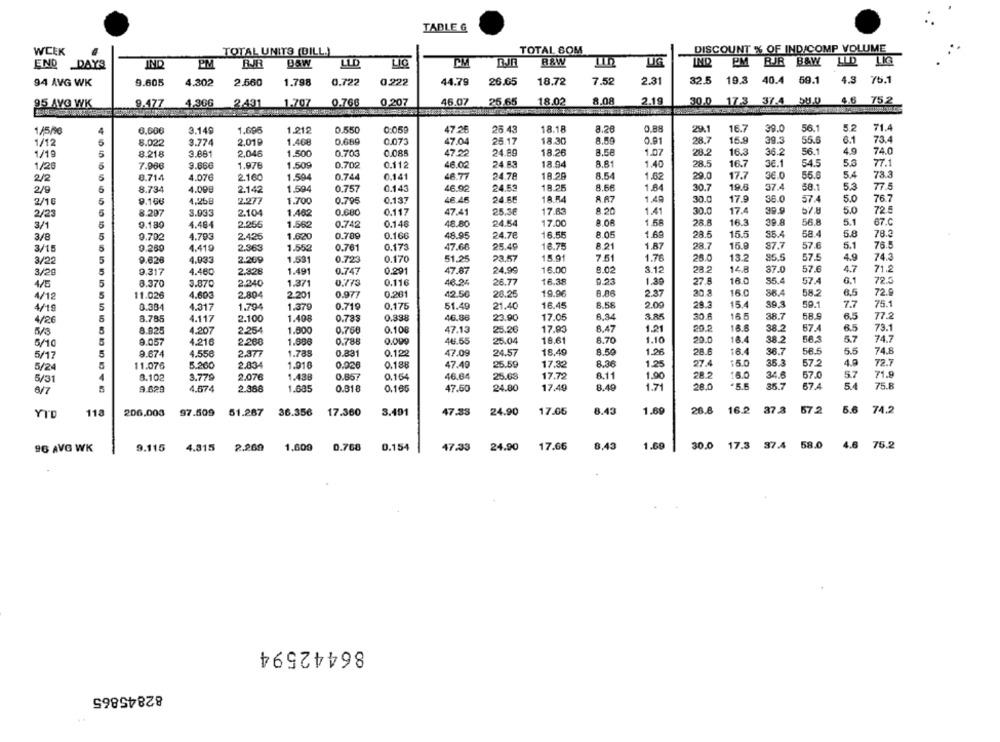
TABLE G
WEEK
TOTAL UNITS (BILL.)
TOTAL SOM
DISCOUNT % OF IND/COMP VOLUME
END DAYS
IND
PM
BJR
LLD
LIC
PM
RAW
UG
EM RJR B&W
LID
94 AVG WK
9.605
4.302
2.560
1.798
0.722
0.222
44.79
26.05
18.72
7.52
2.31
32.5 19.3 40.4 59.1
4.3 75.1
95 AVG WK
9.477
4,366
2.431
1.707
0.766
0,207
46.07
25.65
18.02
8.08
2.19
30.0 17.3 37.4 58.0
4.6 752
16.7
56.1
5.2
71.4
1/5/0
4
0.600
3.149
1.695
1.212
0.550
0:059
47.26
26.43
18.18
8.26
0.89
29.1
39.0
1/12
8.022
3.774
2.01₽
1.4GB
0.660
0.073
47.04
25.17
18.30
8.50
0.91
28.7
15.9
39.3
55.6
6.1
73.4
1/19
5
8.218
3.881
2,046
1.500
0.703
0.088
47.22
24.89
18.26
1.07
28.2
16.3
36.2
56.1
4.9
74.0
0.702
0.112
46.00
24.83
18.94
8.81
1.40
28.5
16.7
36.1
54.5
5.3
77.
1/20
6
7.966
9.666
1.976
1.509
2/2
5
8.714
4.076
2.160
1.504
0.744
0.141
46.77
24.78
18.28
8.54
1.62
29.0
17.7
36.0
55.0
5.4
73.3
24.52
18.25
8.66
30.7
19.6
37.4
58.1
5.3
77.5
2/9
5
8.734
4.098
2.142
1.594
0.757
0.143
46.92
1.84
2/16
5
9.106
4.268
2.277
1.700
0.795
0.137
48.46
24.65
18.54
8.A7
1.4R
30.0
17.9
36.0
57.4
5.0
76.7
2/23
5
8.297
3.933
2.104
1.462
0.680
0.117
47.41
25.3€
17.63
8.20
1.41
30.0
17.4
5.0
72.5
0.146
48.80
24.50
17.00
1.58
28.
16.3
39.8
56.8
5.1
67.C
3/1
5
9.180
4.484
2.255
1.562
0.742
3/8
5
9.792
4.793
2.425
1.620
0.789
0.166
48.95
24.78
16.55
8.05
1.69
28.5
15.5
55.4
58.4
5.8
78.3
25.49
16.78
1.87
28.7
15.9
87.7
57.6
5.1
76.5
3/15
5
9.260
4.419
2.363
1.552
0.761
0.173
47.66
8.21
3/22
5
9.626
4.933
2.269
1.531
0.723
0.170
51.25
23.57
15.91
7.51
1.76
25.0
13.2
85.5
57.5
4.9
74.3
8.02
3.12
14.8
57.6
4.7
71.2
3/20
5
9.317
4.48C
2.328
1.491
0.747
0.291
47.87
24.99
16.00
28.2
37.0
4/5
5
8.370
3.870
2.240
1.371
0.773
0.116
26.77
16.38
9.23
1.30
27.8
16.0
55.4
57.4
6.1
72.5
4/12
5
11.026
4.693
2.804
2.201
0.977
0.261
42.50
20.25
19.96
2.37
20.8
16.0
88.4
58.2
8.5
72.9
0.175
51.49
21.40
16.45
8.56
2.00
29.3
15.
39.3
591
7.7
75.1
4/19
5
0.384
4.317
1.794
1.370
0.719
4/26
8.785
4.117
2.100
1.408
0.733
0.398
46.86
23.90
17.06
A.34
3.85
30.6
16.5
38.7
58.9
6.5
77.2
1.21
6.5
73.1
5/3
8.825
4.207
2.254
1.000
0.750
0.108
47.13
25.20
17.93
8.47
20.2
16.6
38.2
67.4
9.057
4.216
2.268
1.886
0.788
0.099
46.65
25.04
18,61
8.70
1.10
20.0
16.4
38.2
58-3
5.7
74.7
5/10
5/17
5
9.674
4.55€
2.377
1.785
0.831
0.1.2º
47.09
24.57
18.49
8.50
1.96
28.6
16.4
36.7
58.5
5.5
74.8
0.188
47.49
25.59
17.32
8.36
1.25
27.4
15.0
35.3
57.2
72.7
5/24
11.076
5.200
2.83
1.918
0.926
5/31
8.102
3.779
2.076
1.438
0.857
0.164
46.64
25.63
17.72
8.11
1,90
28.2
16.0
34.6
57.0
5.7
71.8
1.7
28.0
35.7
67.4
75.8
6/7
9.629
4.574
2.388
1.685
0.818
0.166
47.50
24.80
17.49
8.49
YTD
118
206.003
97.509
51.267
36.356
17.360
3.401
47.33
24.90
17.05
8.43
1.69
28.8
16.2
37.3
57 .2
5.6
74.2
17.66
3,43
1.69
30.0
3 37.4 58.0
4.6
76.2
96 AVG WK
9.115
4.815
2.260
1.609
0.768
0.154
47.33
24.90
86442594
82845865